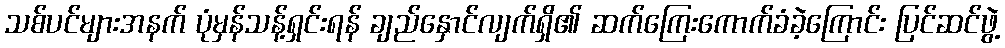
သစ်ပင်များအနက် ပုံမှန်သန့်ရှင်းရန် ချည်နှောင်လျက်ရှိ၏ ဆက်ကြေးကောက်ခံခဲ့ကြောင်း ပြင်ဆင်ဖွဲ့